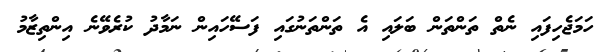
ހަމަޖެހިފައި ނެތް ތަންތަން ބަލައި އެ ތަންތަނުގައި ފަސޭހައިން ނަމާދު ކުރެވޭނެ އިންތިޒާމު